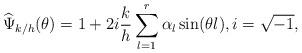
LaTeX: \begin{align*}\widehat{\Psi}_{k/h}(\theta)=1+2i\frac{k}{h}\sum_{l=1}^{r}\alpha_l\sin(\theta l), i=\sqrt{-1},\end{align*}